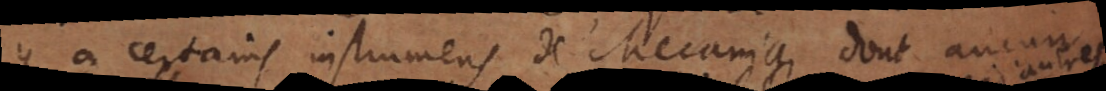
y a certains instrumens de Mecanique dont aucun